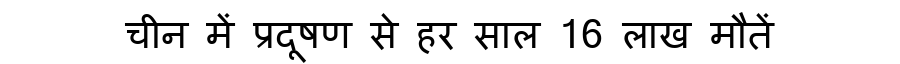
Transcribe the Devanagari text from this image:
चीन में प्रदूषण से हर साल 16 लाख मौतें